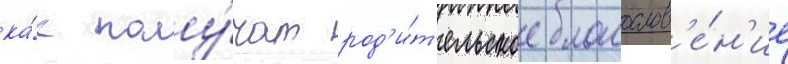
ка́к полу́чат род'и́т'ельское благослов'е́н'ие